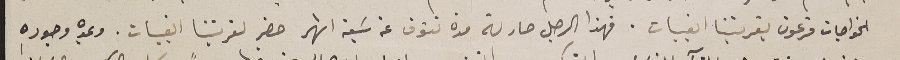
الخواجات فرعون بقريتنا القبيات. فهذا الرجل صار له مدة تفوق عن سَبعة اشهر حضر لقريتنا القبيات. وىمده وجوده